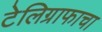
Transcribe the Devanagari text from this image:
टेलिग्राफाचा